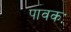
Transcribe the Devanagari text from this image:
पावकः